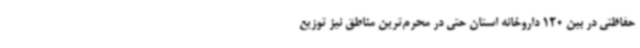
حفاظتی در بین 120 داروخانه استان حتی در محرم‌ترین مناطق نیز توزیع